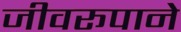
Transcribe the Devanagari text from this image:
जीवरूपाने